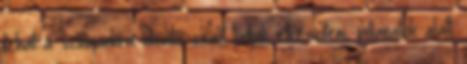
tehát a számunkra ideális csalit tudjuk elkészíteni, pillanatok alatt.